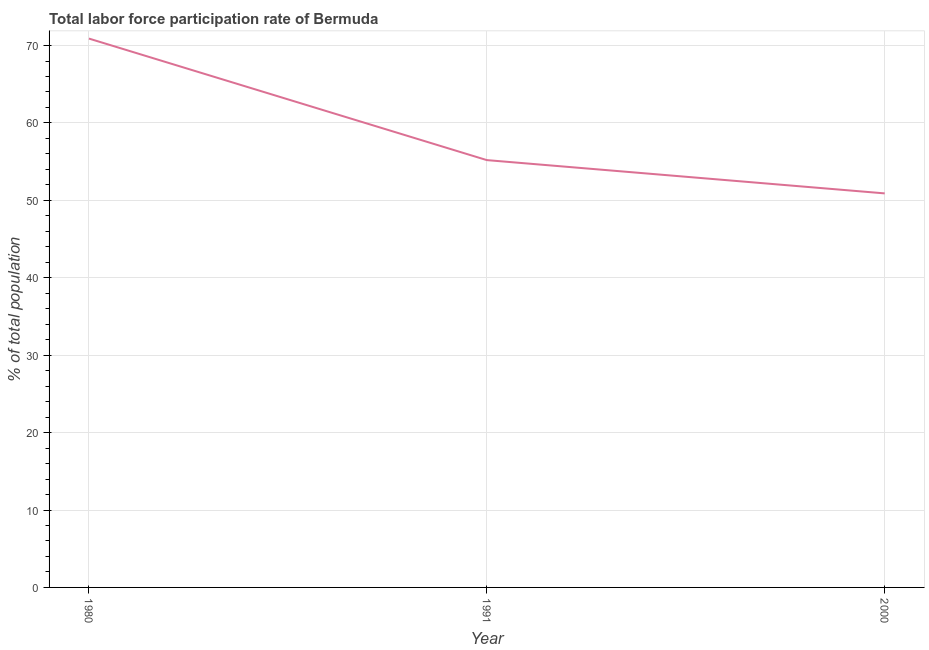
| Year | Labor force participation rate for ages 15-24 total |
 | --- | --- |
 | 1980 | 70.9 |
 | 1991 | 55.2 |
 | 2000 | 50.9 |